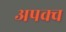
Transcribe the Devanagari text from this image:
अपक्‍व